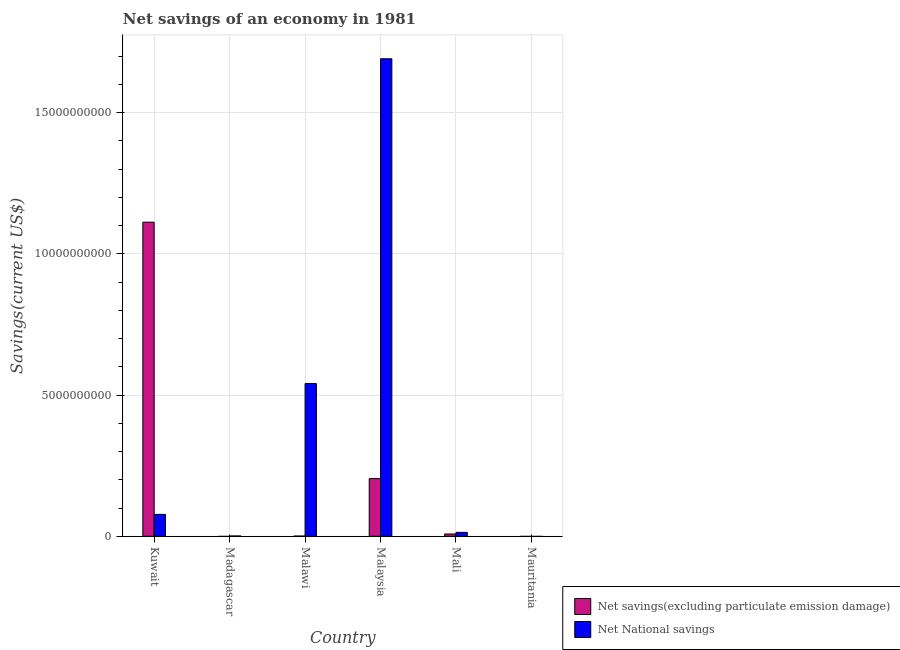
| Country | Net savings(excluding particulate emission damage) | Net National savings |
 | --- | --- | --- |
 | Kuwait | 1.11e+10 | 7.74e+08 |
 | Madagascar | -6e+07 | 9.69e+06 |
 | Malawi | 5.62e+06 | 5.41e+09 |
 | Malaysia | 2.04e+09 | 1.69e+10 |
 | Mali | 8.07e+07 | 1.38e+08 |
 | Mauritania | -2.66e+07 | -1.77e+08 |